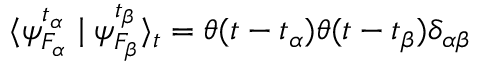
\langle \psi _ { F _ { \alpha } } ^ { t _ { \alpha } } \mid \psi _ { F _ { \beta } } ^ { t _ { \beta } } \rangle _ { t } = \theta ( t - t _ { \alpha } ) \theta ( t - t _ { \beta } ) \delta _ { \alpha \beta }